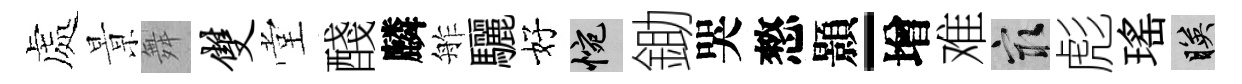
處㬌舞双堂醆麟舴驪好惋鋤哭憗顥-增难冣彪瑤映